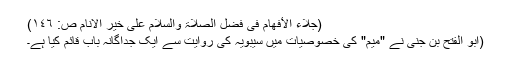
(جلاء الأفھام فی فضل الصلاۃ والسلام علیٰ خیر الانام ص: ١٤٦)
(ابو الفتح بن جنی نے "میم" کی خصوصیات میں سیبویہ کی روایت سے ایک جداگانہ باب قائم کیا ہے۔